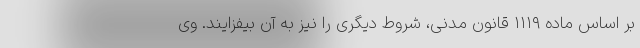
بر اساس ماده ۱۱۱۹ قانون مدنی، شروط دیگری را نیز به آن بیفزایند. وی